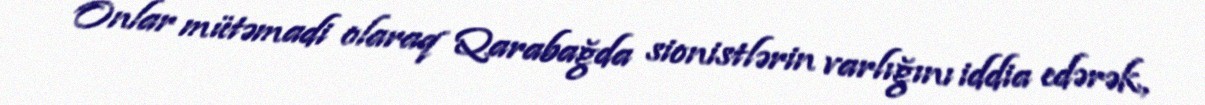
Onlar mütəmadi olaraq Qarabağda sionistlərin varlığını iddia edərək,